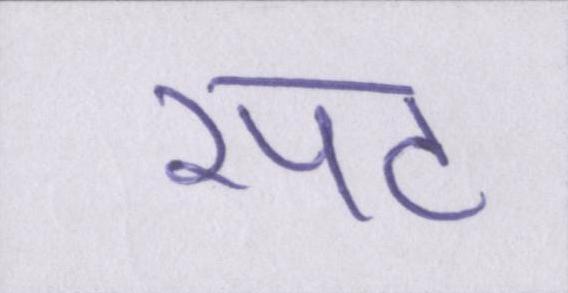
रपट